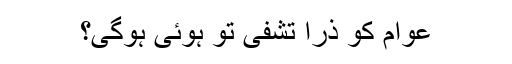
عوام کو ذرا تشفی تو ہوئی ہوگی؟